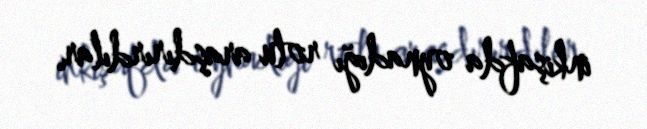
inkişafda oynadığı rolu araşdırırdılar.